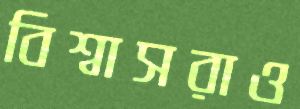
বিশ্বাসরাও